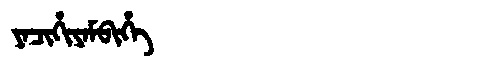
Manchu: ᠶᠠᠴᡳᡥᡳᠶᠠᠮᠪᡳᡥᡝ
Romanization: YACIHIYAMBIHE